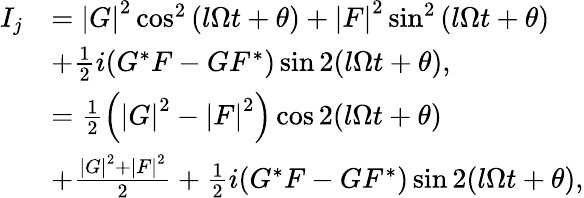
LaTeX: \begin{array}{rl}{I_{j}}&{=\left\vert G\right\vert^{2}\cos^{2}\left(l\Omega t+\theta\right)+\left\vert F\right\vert^{2}\sin^{2}\left(l\Omega t+\theta\right)}\\ &{+\frac{1}{2}i(G^{\ast}F-GF^{\ast})\sin 2(l\Omega t+\theta),}\\ &{=\frac{1}{2}\left(\left\vert G\right\vert^{2}-\left\vert F\right\vert^{2}\right)\cos 2(l\Omega t+\theta)}\\ &{+\frac{\left\vert G\right\vert^{2}+\left\vert F\right\vert^{2}}{2}+\frac{1}{2}i(G^{\ast}F-GF^{\ast})\sin 2(l\Omega t+\theta),}\end{array}